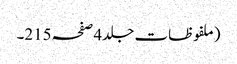
(ملفوظات جلد4صفحہ215۔